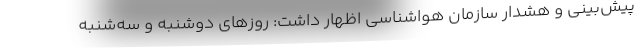
پیش‌بینی و هشدار سازمان هواشناسی اظهار داشت: روزهای دوشنبه و سه‌شنبه